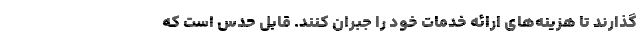
‌گذارند تا هزینه‌های ارائه خدمات خود را جبران کنند. قابل حدس است که